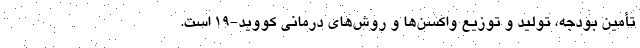
تأمین بودجه، تولید و توزیع واکسن‌ها و روش‌های درمانی کووید-۱۹ است.